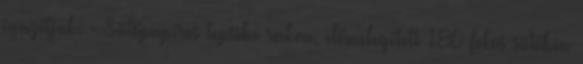
igazítjuk. - Sütőpapíros tepsibe rakva, előmelegített 180 fokos sütőben